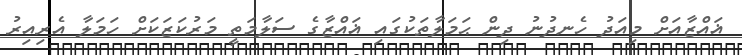
ޣައްޒާއަށް މިއަދު ހެނދުނު ދިން ޙަމަލާތަކުގައި ޣައްޒާގެ ސަލާމަތީ މަރުކަޒަކަށް ހަމަލާ އެރިއިރު